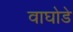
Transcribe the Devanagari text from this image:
वाघोडे